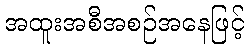
အထူးအစီအစဉ်အနေဖြင့်